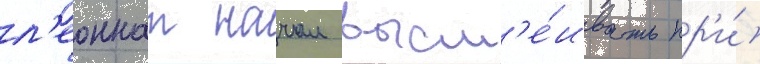
л'еоннат начал высм'е́ивать пр'и́